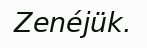
Zenéjük.